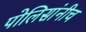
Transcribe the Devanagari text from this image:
पोलिसांनीच